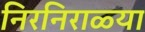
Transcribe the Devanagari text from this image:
निरनिराळ्या